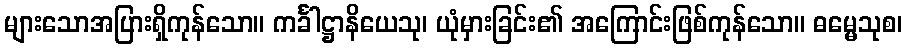
များသောအပြားရှိကုန်သော။ ကင်္ခါဋ္ဌာနိယေသု၊ ယုံမှားခြင်း၏ အကြောင်းဖြစ်ကုန်သော။ ဓမ္မေသုစ၊